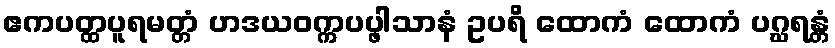
ဧကပတ္ထပူရမတ္တံ ဟဒယဝက္ကပပ္ဖါသာနံ ဥပရိ ထောကံ ထောကံ ပဂ္ဃရန္တံ